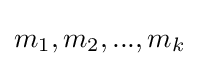
m_{1},m_{2},...,m_{k}